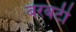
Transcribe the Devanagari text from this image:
बरबटी